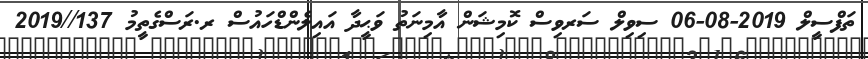
ތަފްސީލް 2019-08-06 ސިވިލް ސަރވިސް ކޮމިޝަން އާމިނަތު ވަޙީދާ އައިލެންޑްހައުސް ރ.ރަސްގެތީމު 137//2019